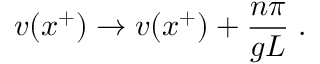
v ( x ^ { + } ) \rightarrow v ( x ^ { + } ) + { \frac { n \pi } { g L } } \; .